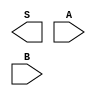
module adder(
        output  [7: 0]  S,
        input   [3: 0]  A,
        input   [3: 0]  B
    );
	
	// TODO: Implement a carry look-ahead adder

endmodule